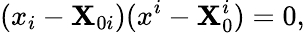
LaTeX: (x_{i}-\mathbf{X}_{0i})(x^{i}-\mathbf{X}_{0}^{i})=0,